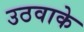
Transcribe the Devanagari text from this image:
उठवाके